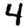
Digit: 4